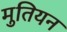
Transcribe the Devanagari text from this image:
मुतियन